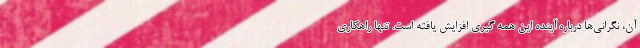
آن، نگرانی‌ها درباره آینده این همه گیری افزایش یافته است. تنها راهکاری